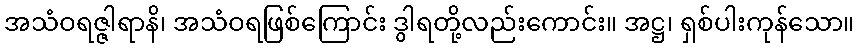
အသံဝရဇ္ဇါရာနိ၊ အသံဝရဖြစ်ကြောင်း ဒွါရတို့လည်းကောင်း။ အဋ္ဌ၊ ရှစ်ပါးကုန်သော။